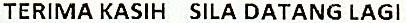
TERIMA KASIH SILA DATANG LAGI